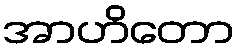
အာဟိတော